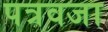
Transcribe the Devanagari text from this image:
पत्रवजा